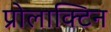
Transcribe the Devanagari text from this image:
प्रोलाक्टिन